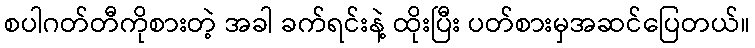
စပါဂတ်တီကိုစားတဲ့ အခါ ခက်ရင်းနဲ့ ထိုးပြီး ပတ်စားမှအဆင်ပြေတယ်။